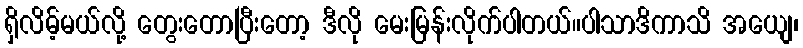
ရှိလိမ့်မယ်လို့ တွေးတောပြီးတော့ ဒီလို မေးမြန်းလိုက်ပါတယ်။ပါသာဒိကာသိ အယျေ၊